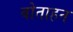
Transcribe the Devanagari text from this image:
बोताहन